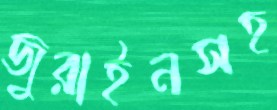
জুরাইনসহ